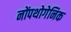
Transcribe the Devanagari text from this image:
नोंपथोगेनिक